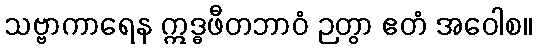
သဗ္ဗာကာရေန ဣဒ္ဓဖီတဘာဝံ ဉတွာ ဧတံ အဝေါစ။